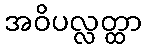
အဝိပလ္လတ္ထာ